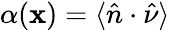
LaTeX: \alpha(\mathbf{x})=\langle\hat{{n}}\cdot\hat{{\nu}}\rangle